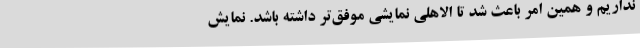
نداریم و همین امر باعث شد تا الاهلی نمایشی موفق‌تر داشته باشد. نمایش